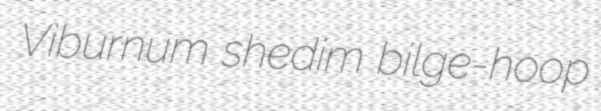
Viburnum shedim bilge-hoop